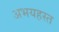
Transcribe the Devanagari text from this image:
अभयहस्त